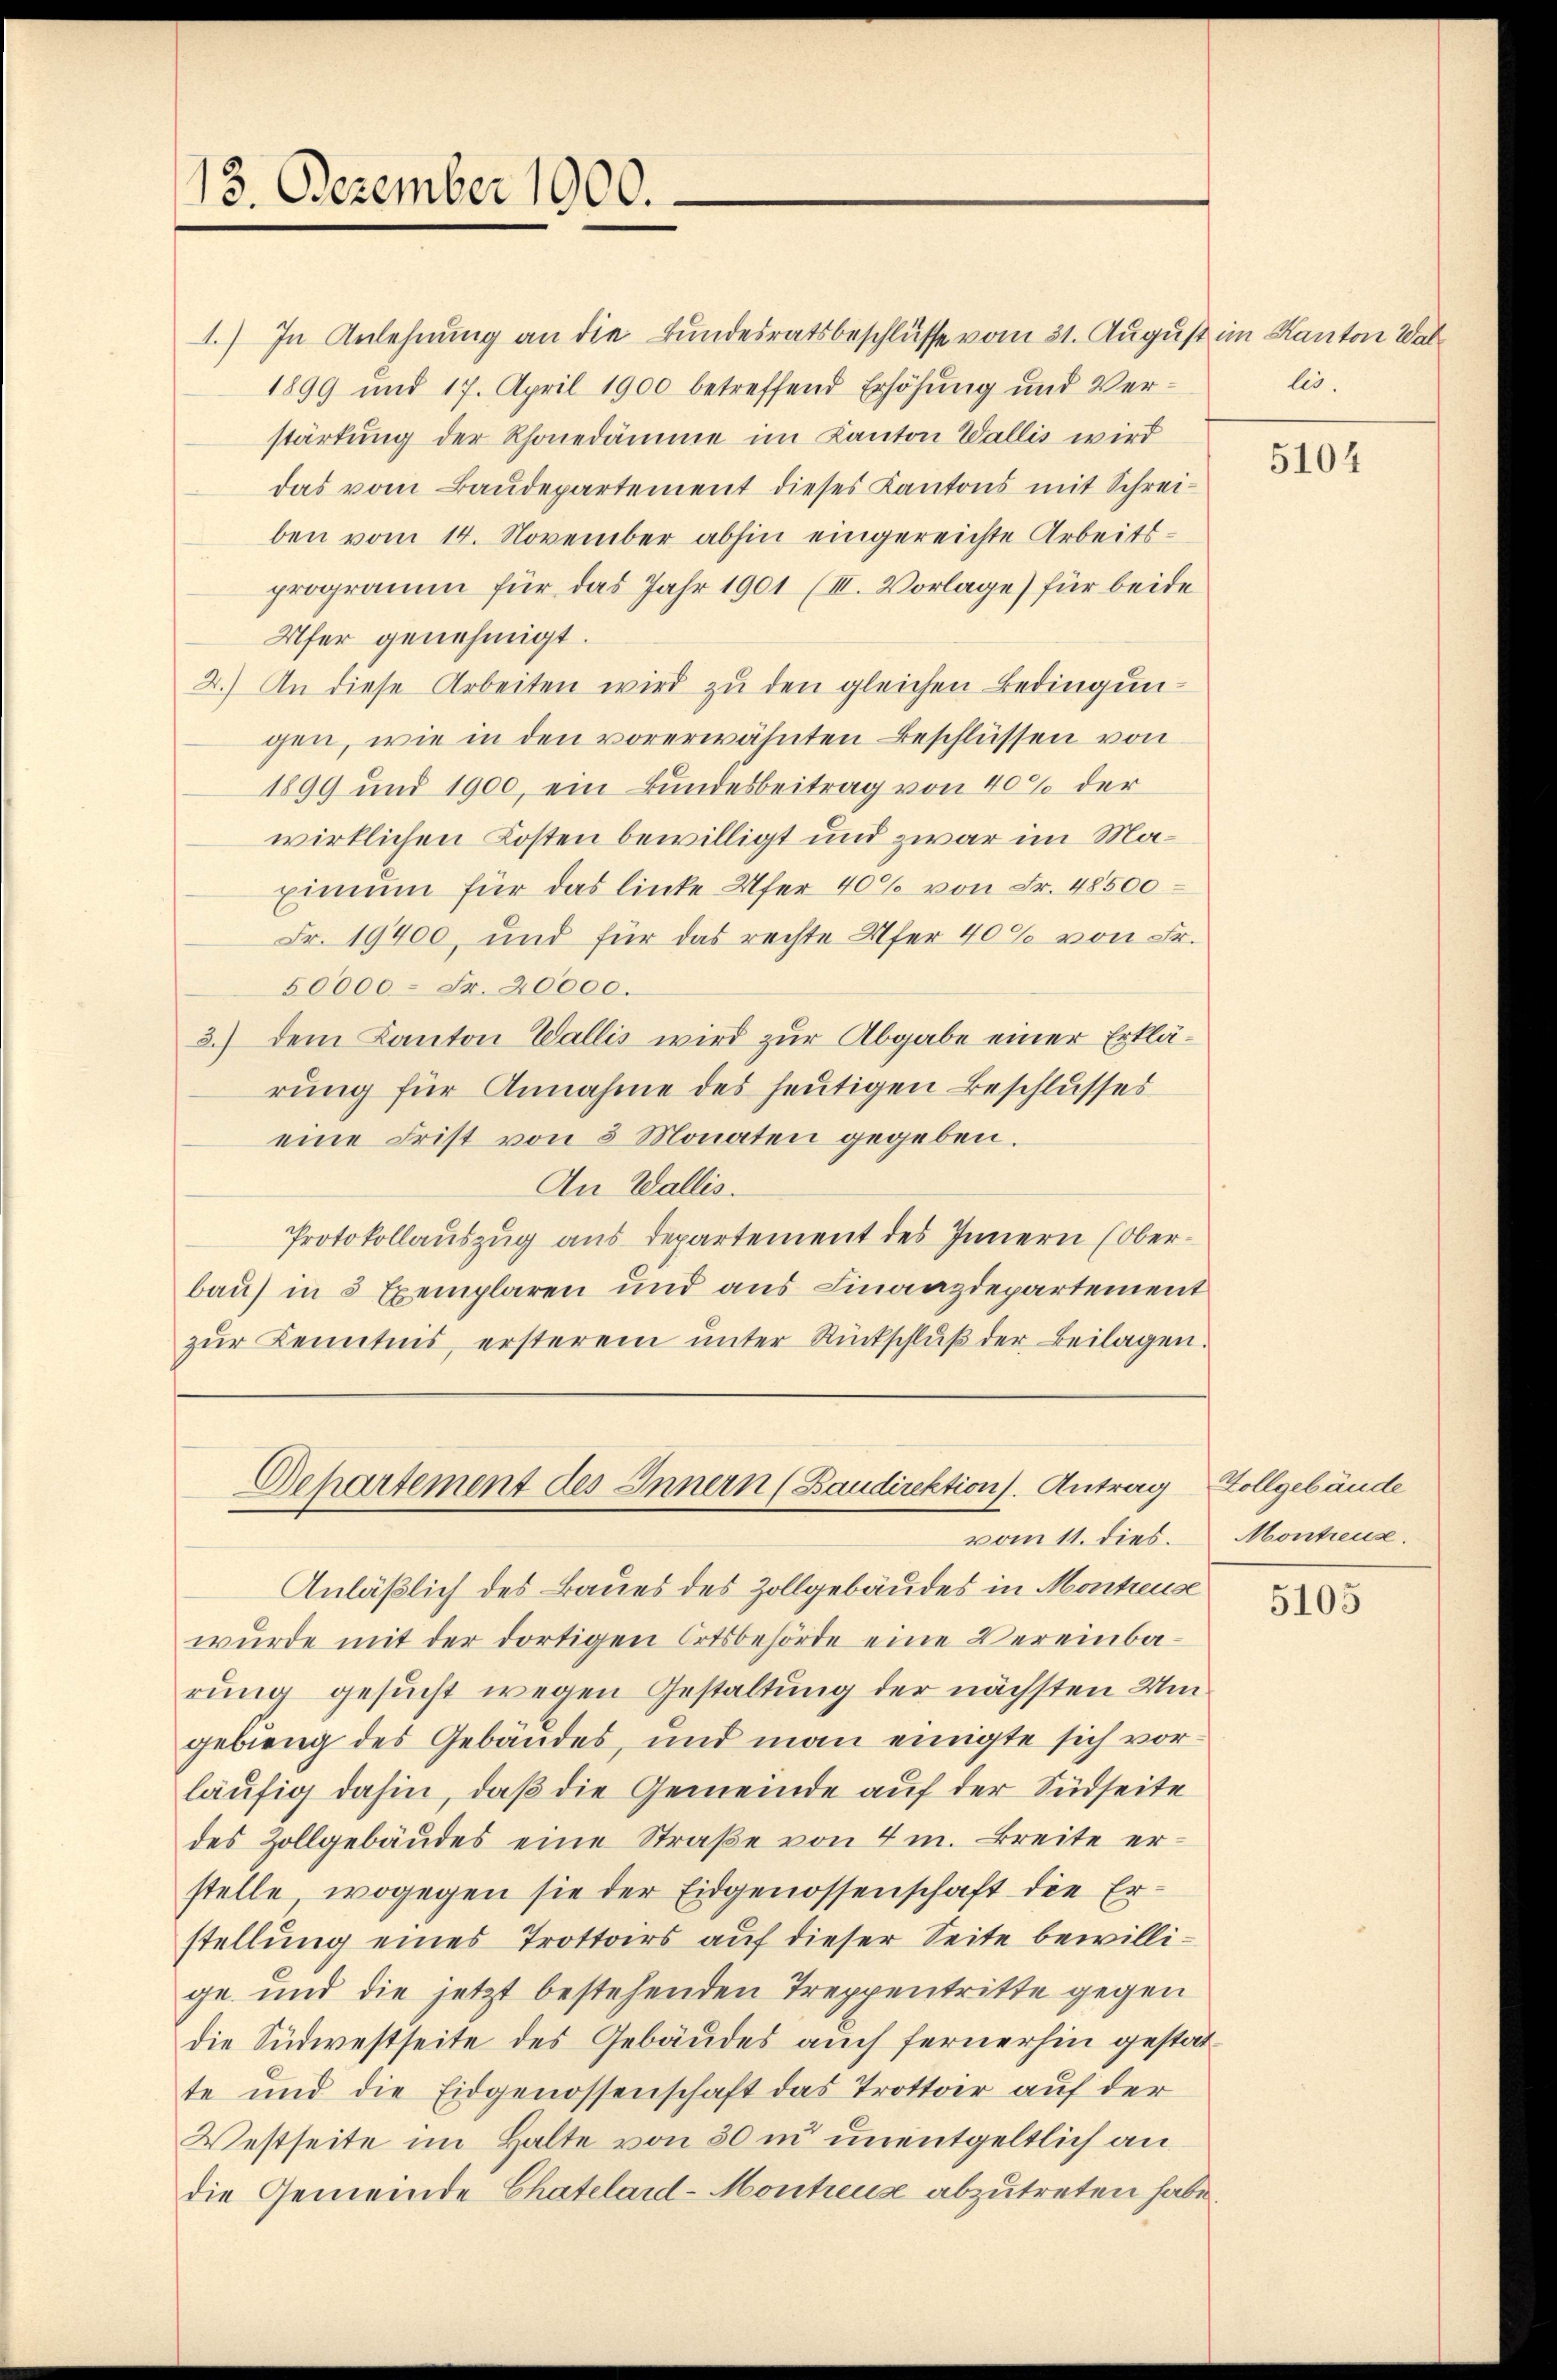
13. Dezember 1900.

1.) In Anlehnung an die Bundesratsbeschlüsse vom 31. August.
1899 und 17. April 1900 betreffend Erhöhŭng und Ver-
stärkung der Rhonedämme im Kanton Wallis wird
das vom Baŭdepartement dieses Kantons mit Schreiben vom 14. November abhin eingereichte Arbeitsprogramm für das Jahr 1901 (III. Vorlage) für beide
Ufer genehmigt.
2.) An diese Arbeiten wird zu den gleichen Bedingungen, wie in den vorerwähnten Beschlüssen von
1899 und 1900, ein Bundesbeitrag von 40% der
wirklichen Kosten bewilligt und zwar im Ma¬
Einium für das linke Ufer 40% von Fr. 48500
Fr. 19400, und für das rechte Ufer 40% von Fr.
50000 Fr. 20000.
3.) dem Kanton Wallis wird zur Abgabe einer Erklärung für Annahme des heutigen Beschlusses
eine Frist von 3 Monaten gegeben.
An Wallis.
Protokollauszug aus Departement des Innern (Oberbau) in 3 Exemplaren und aus Finanzdepartement
zŭr Kenntnis, ersterem ŭnter Rückschlŭβ der Beilagen.

Dehartement des Innern (Baudirektion. Antrag Zollgebäude
vom 11. dies.

Anläßlich des Baues des Zollgebäudes in Montreuse
wurde mit der dortigen Ortsbehörde eine Vereinbarung gesucht wegen Gestaltung der nächsten Umgebieng des Gebäudes, und man einigte sich vorläufig dahin, daß die Gemeinde auf der Südseite
des Zollgebäŭdes eine Straβe von 4 m. Breite er-
stelle, wogegen sie der Eidgenossenschaft die Erstellung eines Trottoirs auf dieser Seite bewillige und die jetzt bestehenden Treppentritte gegen
die Südwestseite des Gebäudes auch fernerhin gestatte und die Eidgenossenschaft das Trottoir auf der
Westseite im Halte von 30 in unentgeltlich an
die Gemeinde Chatelard-Montreuse abzutreten habe.

im Kanton Wallis.

5104

Montreus.

5105